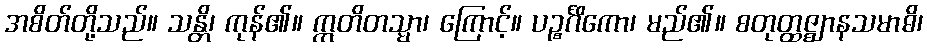
အစိတ်တို့သည်။ သန္တိ၊ ကုန်၏။ ဣတိတသ္မာ၊ ကြောင့်။ ပဉ္စင်္ဂိကော၊ မည်၏။ စတုတ္ထဇ္ဈာနသမာဓိ၊